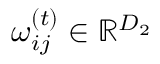
\boldsymbol { \omega } _ { i j } ^ { ( t ) } \in \mathbb { R } ^ { D _ { 2 } }